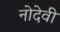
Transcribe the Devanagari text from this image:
नोदेवी